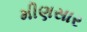
મીણસાર